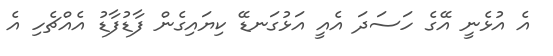
އެ އުޅެނީ އޭގެ ހަސަދަ އެއީ އަޅުގަނޑޭ ކިޔައިގެން ފާޑުފާޑު އެއްޗެހި އެ